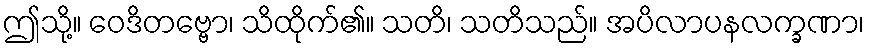
ဤသို့။ ဝေဒိတဗ္ဗော၊ သိထိုက်၏။ သတိ၊ သတိသည်။ အပိလာပနလက္ခဏာ၊